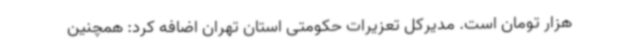
هزار تومان است. مدیرکل تعزیرات حکومتی استان تهران اضافه کرد: همچنین